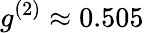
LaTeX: g^{(2)}\approx 0.505